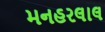
મનહરલાલ